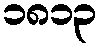
၁၈၁၃